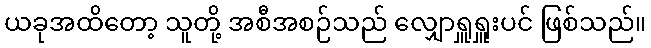
ယခုအထိတော့ သူတို့ အစီအစဉ်သည် လျှောရှူရှူးပင် ဖြစ်သည်။